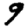
Digit: 9